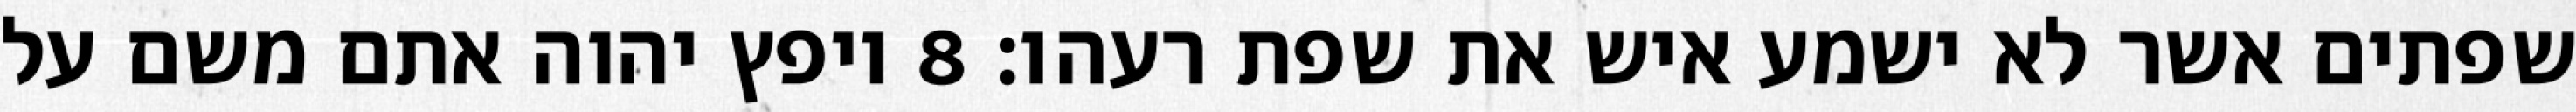
שפתים אשר לא ישמע איש את שפת רעהו׃ ‎8‏ ויפץ יהוה אתם משם על